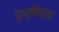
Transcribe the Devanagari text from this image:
पृथ्विच्या